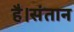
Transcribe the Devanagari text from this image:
है।संतान